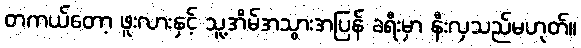
တကယ်တော့ ဖူးလားနှင့် သူ့အိမ်အသွားအပြန် ခရီးမှာ နီးလှသည်မဟုတ်။